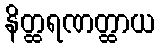
နိတ္ထရဏတ္ထာယ